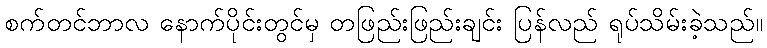
စက်တင်ဘာလ နောက်ပိုင်းတွင်မှ တဖြည်းဖြည်းချင်း ပြန်လည် ရုပ်သိမ်းခဲ့သည်။